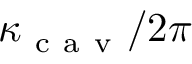
\kappa _ { \mathrm { ~ c ~ a ~ v ~ } } / 2 \pi